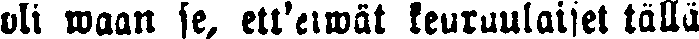
oli waan se, ett'eiwät keruruulaiset tällä